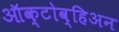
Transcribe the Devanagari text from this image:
ऑक्टोव्हिअन